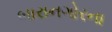
બારાનગોરના